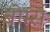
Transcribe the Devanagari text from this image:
बोर्म्स